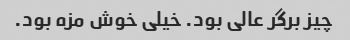
چیز برگر عالی بود. خیلی خوش مزه بود.